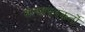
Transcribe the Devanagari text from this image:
सत्यापनकर्तों